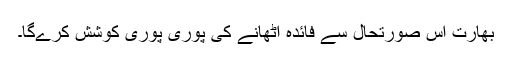
بھارت اس صورتحال سے فائدہ اٹھانے کی پوری پوری کوشش کرےگا۔